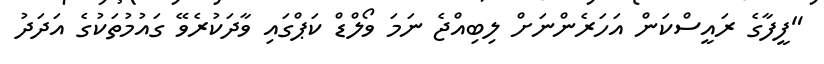
"ފީފާގެ ރައީސްކަން އަހަރެންނަށް ލިބިއްޖެ ނަމަ ވޯލްޑް ކަޕްގައި ވާދަކުރެވޭ ގައުމުތަކުގެ އަދަދު